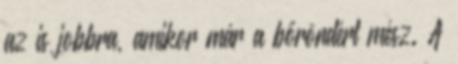
az is jobbra, amikor már a bőröndért mész. A